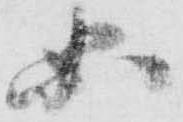
必